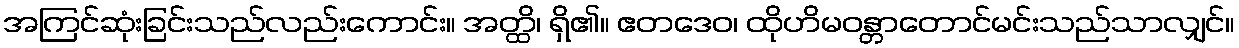
အကြင်ဆုံးခြင်းသည်လည်းကောင်း။ အတ္ထိ၊ ရှိ၏။ ဧတဒေဝ၊ ထိုဟိမဝန္တာတောင်မင်းသည်သာလျှင်။